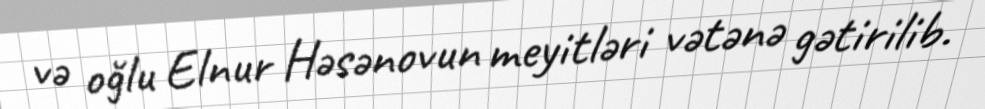
və oğlu Elnur Həsənovun meyitləri vətənə gətirilib.